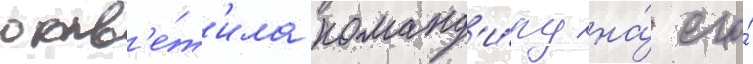
отв'е́т'ила команд'и́ру на́ его́